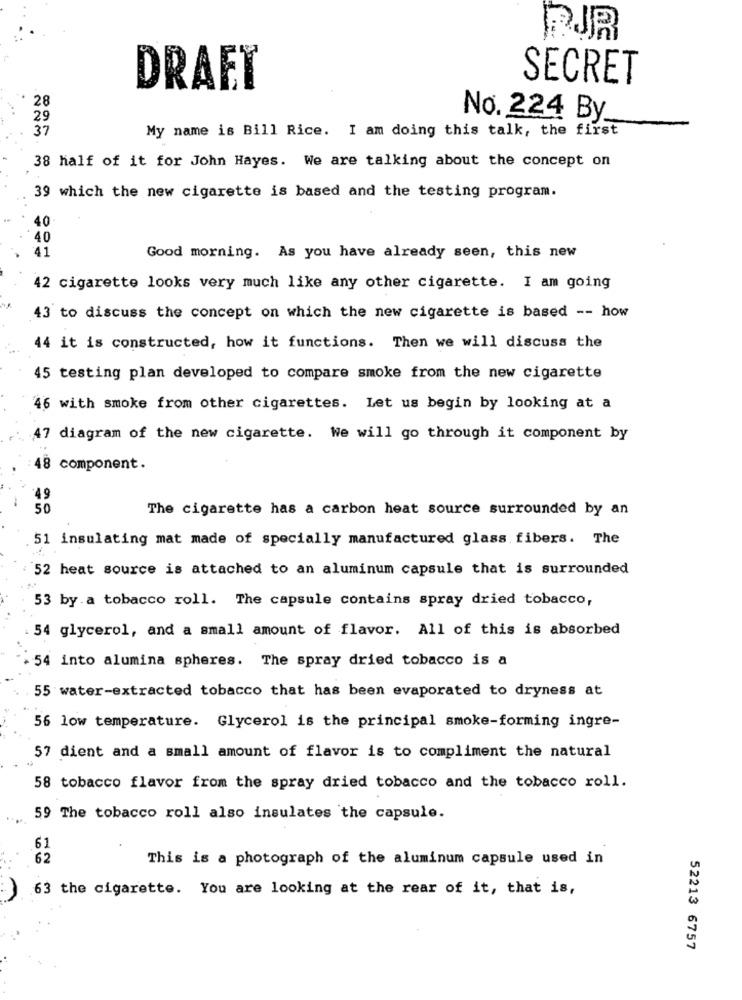
RJR
DRAET
SECRET
28
29
No. 224 By
37
My name is Bill Rice. I am doing this talk, the first
38 half of it for John Hayes. We are talking about the concept on
39 which the new cigarette is based and the testing program.
40
40
41
Good morning. As you have already seen, this new
42 cigarette looks very much like any other cigarette. I am going
43 to discuss the concept on which the new cigarette is based -- how
44 it is constructed, how it functions. Then we will discuss the
45 testing plan developed to compare smoke from the new cigarette
46 with smoke from other cigarettes. Let us begin by looking at a
47 diagram of the new cigarette. We will go through it component by
18 component.
49
50
The cigarette has a carbon heat source surrounded by an
51 insulating mat made of specially manufactured glass fibers. The
52 heat source is attached to an aluminum capsule that is surrounded
53 by a tobacco roll. The capsule contains spray dried tobacco,
54 glycerol, and a small amount of flavor. All of this is absorbed
54 into alumina spheres. The spray dried tobacco is a
55 water-extracted tobacco that has been evaporated to dryness at
56 low temperature. Glycerol is the principal smoke-forming ingre-
57 dient and a small amount of flavor is to compliment the natural
58 tobacco flavor from the spray dried tobacco and the tobacco roll.
59 The tobacco roll also insulates the capsule.
61
62
This is a photograph of the aluminum capsule used in
63 the cigarette. You are looking at the rear of it, that is,
52213 6757